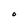
Character: O